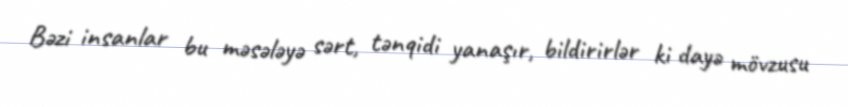
Bəzi insanlar bu məsələyə sərt, tənqidi yanaşır, bildirirlər ki dayə mövzusu